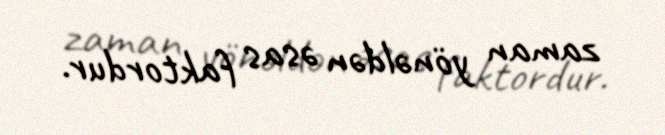
zaman yönəldən əsas faktordur.